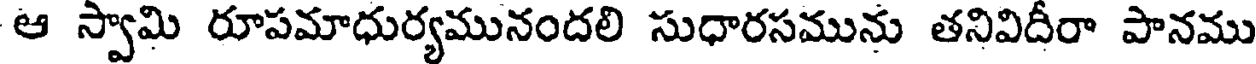
ఆ స్వామి రూపమాధుర్యమునందలి సుధారసమును తనివిదీరా పానము